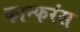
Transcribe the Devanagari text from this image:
कान्फरंस